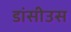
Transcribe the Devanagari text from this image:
डांसीउस